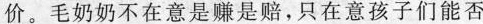
价。毛奶奶不在意是赚是赔，只在意孩子们能否